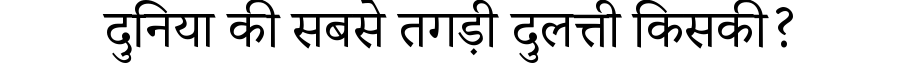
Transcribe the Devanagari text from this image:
दुनिया की सबसे तगड़ी दुलत्ती किसकी?